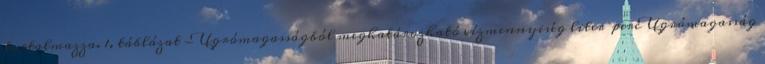
tartalmazza. 1. táblázat - Ugrómagasságból meghatározható vízmennyiség liter perc Ugrómagasság